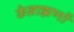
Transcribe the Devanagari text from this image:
केब्राह्मणों